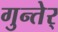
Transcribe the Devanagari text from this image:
गुन्तेर्